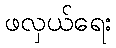
ဖလှယ်ရေး